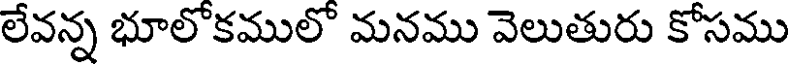
లేవన్న భూలోకములో మనము వెలుతురు కోసము